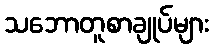
သဘောတူစာချုပ်များ